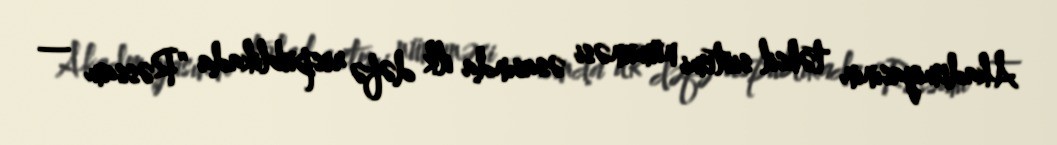
Akademiyasının təhsil sistemi nümunəsi əsasında ilk dəfə respublikada “Rəssam —